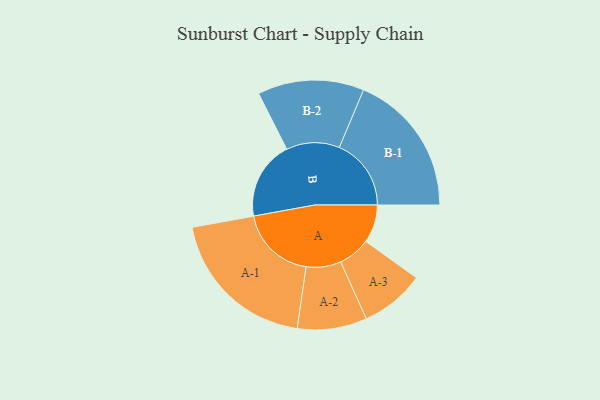
{"axis": {"x": "Segment", "y": "Value"}, "legend": ["", "A", "B"], "data": [{"x": "A", "y": 147, "type": ""}, {"x": "B", "y": 303, "type": ""}, {"x": "A-1", "y": 295, "type": "A"}, {"x": "A-2", "y": 134, "type": "A"}, {"x": "A-3", "y": 124, "type": "A"}, {"x": "B-1", "y": 277, "type": "B"}, {"x": "B-2", "y": 205, "type": "B"}]}